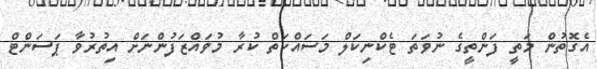
އެގޮތުން މަތީ ފަންތީގެ ނުވަތަ ޓެކްނިކަލް މަސައްކަތް ކުރާ މުވައްޒަފުންނަށް އިތުރުވާ ޕަސަންޓް